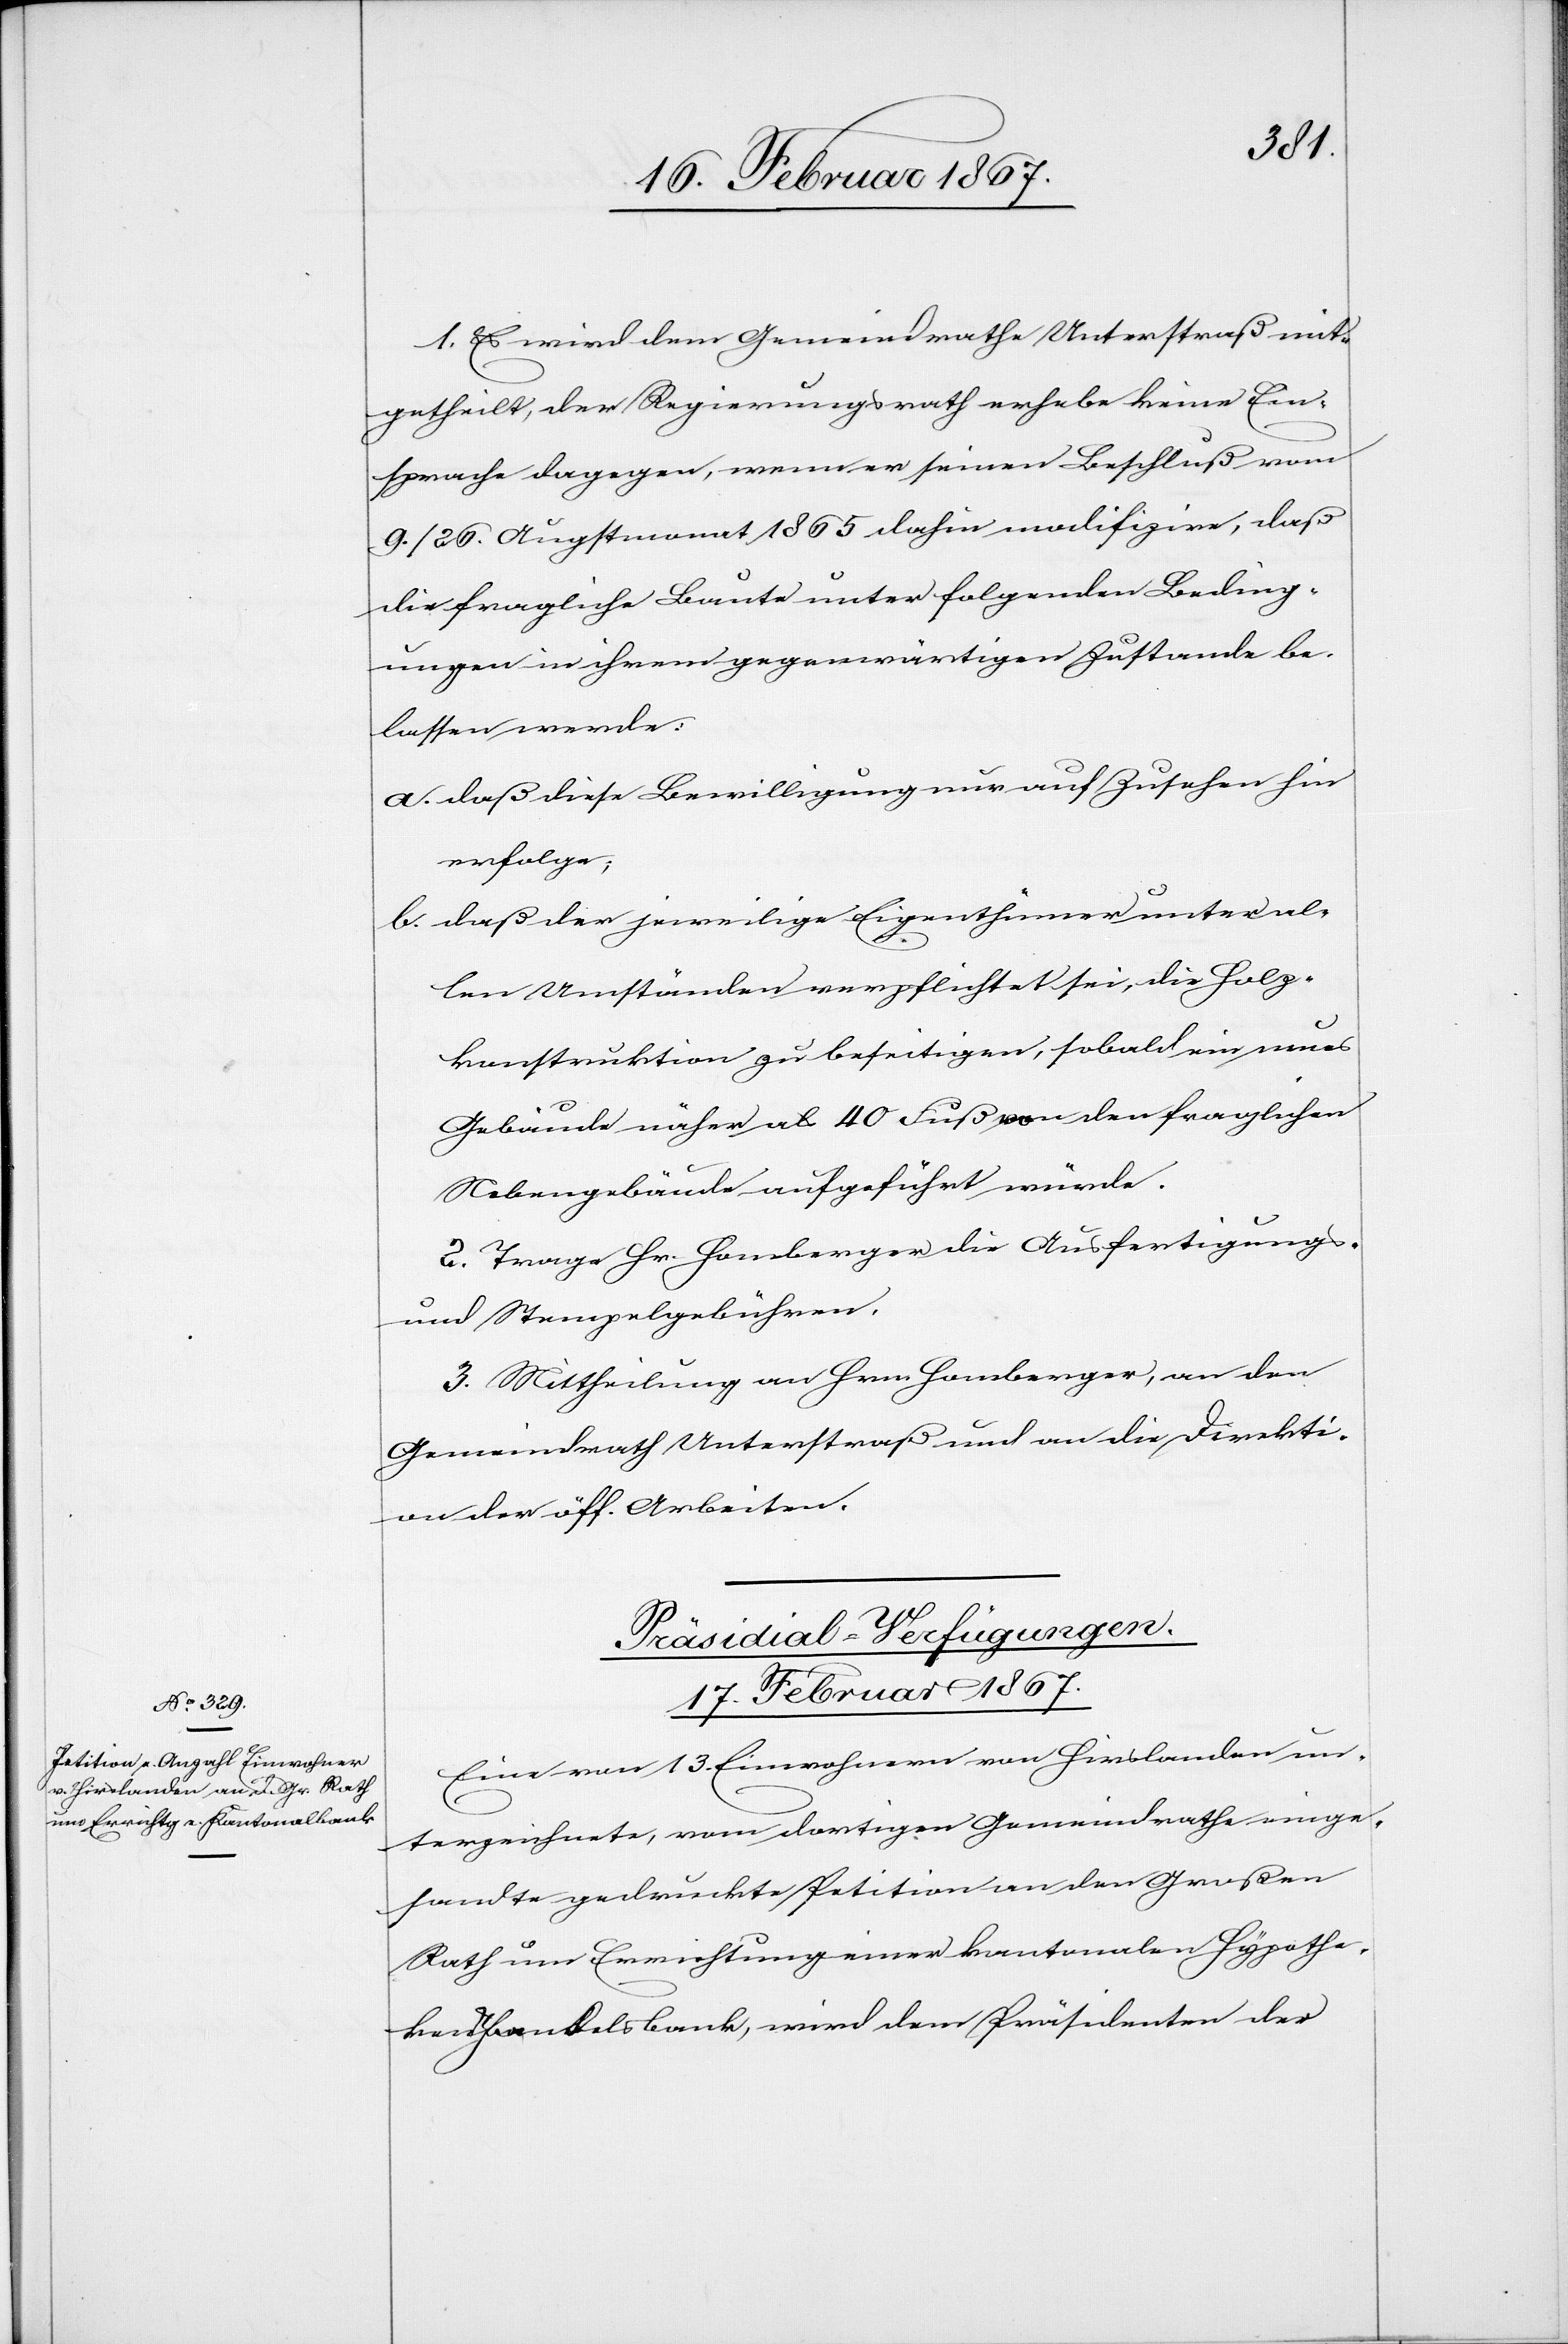
1. Es wird dem Gemeindrathe Unterstraß mit¬
getheilt, der Regierungsrath erhebe keine Ein¬
sprache dagegen, wenn er seinen Beschluß vom
9. / 26. Augstmonat 1865 dahin modifizire, daß
die fragliche Baute unter folgenden Beding¬
ungen in ihrem gegenwärtigen Zustande be¬
lassen werde:
a. daß diese Bewilligung nur auf Zusehen hin
erfolge;
b. daß der jeweilige Eigenthümer unter al¬
len Umständen verpflichtet sei die Holz¬
konstruktion zu beseitigen, sobald ein neues
Gebäude näher als 40 Fuß von den fraglichen
Nebengebäude[n] aufgeführt würde.
2. Trage Hr. Homberger die Ausfertigungs-
und Stempelgebühren.
3. Mittheilung an Hrn. Homberger, an den
Gemeindrath Unterstraß und an die Direkti¬
on der öff. Arbeiten.
Präsidial-Verfügungen.
17. Februar 1867.
Eine von 13. Einwohnern von Hirslanden un¬
terzeichnete, vom dortigen Gemeindrathe einge¬
sandte gedruckte Petition an den Großen
Rath um Errichtung einer kantonalen Hypothe¬
kar- u. Handelsbank, wird dem Präsidenten der